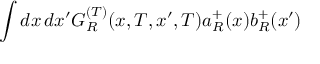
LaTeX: \int d x \, d x ^ { \prime } G _ { R } ^ { ( T ) } ( x , T , x ^ { \prime } , T ) a _ { R } ^ { + } ( x ) b _ { R } ^ { + } ( x ^ { \prime } )